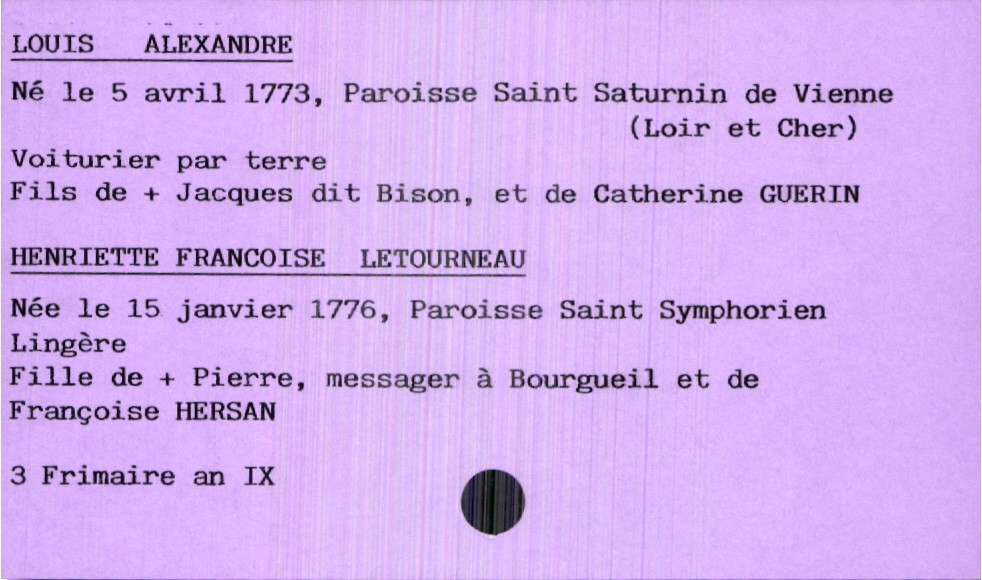
type_acte: Mariage
année: an IX
mois: Frimaire
jour: 3
marié_nom: Alexandre
marié_prénom: Louis
marié_profession: voiturier par terre
marié_date_de_naissance: 5 avril 1773
marié_lieu_de_naissance: Paroisse Saint Saturnin de Vienne (Loir et Cher)
père_marié_nom: Alexandre
père_marié_prénom: Jacques dit Bison
père_marié_statut: décédé
mère_marié_nom: Guerin
mère_marié_prénom: Catherine
mariée_nom: Letourneau
mariée_prénom: Henriette Françoise
mariée_profession: Lingère
mariée_date_de_naissance: 15 janvier 1776
mariée_lieu_de_naissance: Paroisse Saint Symphorien
père_mariée_nom: Letourneau
père_mariée_prénom: Pierre
père_mariée_profession: messager à Bourgueil
père_mariée_statut: décédé
mère_mariée_nom: Hersan
mère_mariée_prénom: Françoise